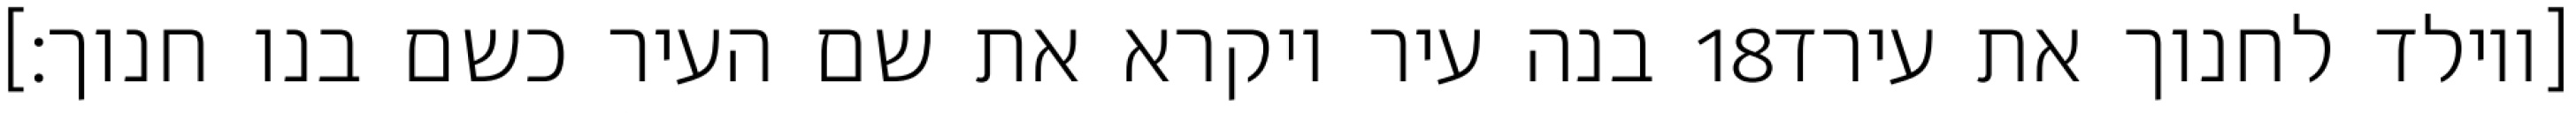
בנה עיר ויקרא את שם העיר כשם בנו חנוך׃] ‎18‏ [ויולד לחנוך את עירד